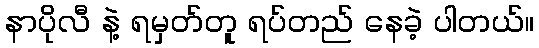
နာပိုလီ နဲ့ ရမှတ်တူ ရပ်တည် နေခဲ့ ပါတယ်။